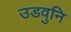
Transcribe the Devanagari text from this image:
उडवुनि